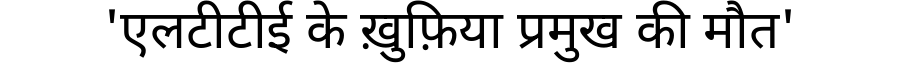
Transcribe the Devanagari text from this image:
'एलटीटीई के ख़ुफ़िया प्रमुख की मौत'